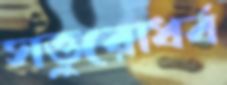
সত্তুরোর্ধ্ব